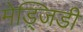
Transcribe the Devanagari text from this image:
मेड्जिडी